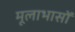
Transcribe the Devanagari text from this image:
मूलाभासों